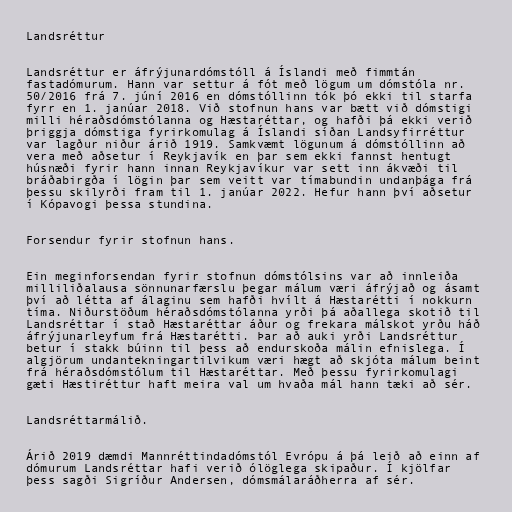
Landsréttur

Landsréttur er áfrýjunardómstóll á Íslandi með fimmtán
fastadómurum. Hann var settur á fót með lögum um dómstóla nr.
50/2016 frá 7. júní 2016 en dómstóllinn tók þó ekki til starfa
fyrr en 1. janúar 2018. Við stofnun hans var bætt við dómstigi
milli héraðsdómstólanna og Hæstaréttar, og hafði þá ekki verið
þriggja dómstiga fyrirkomulag á Íslandi síðan Landsyfirréttur
var lagður niður árið 1919. Samkvæmt lögunum á dómstóllinn að
vera með aðsetur í Reykjavík en þar sem ekki fannst hentugt
húsnæði fyrir hann innan Reykjavíkur var sett inn ákvæði til
bráðabirgða í lögin þar sem veitt var tímabundin undanþága frá
þessu skilyrði fram til 1. janúar 2022. Hefur hann því aðsetur
í Kópavogi þessa stundina.

Forsendur fyrir stofnun hans.

Ein meginforsendan fyrir stofnun dómstólsins var að innleiða
milliliðalausa sönnunarfærslu þegar málum væri áfrýjað og ásamt
því að létta af álaginu sem hafði hvílt á Hæstarétti í nokkurn
tíma. Niðurstöðum héraðsdómstólanna yrði þá aðallega skotið til
Landsréttar í stað Hæstaréttar áður og frekara málskot yrðu háð
áfrýjunarleyfum frá Hæstarétti. Þar að auki yrði Landsréttur
betur í stakk búinn til þess að endurskoða málin efnislega. Í
algjörum undantekningartilvikum væri hægt að skjóta málum beint
frá héraðsdómstólum til Hæstaréttar. Með þessu fyrirkomulagi
gæti Hæstiréttur haft meira val um hvaða mál hann tæki að sér.

Landsréttarmálið.

Árið 2019 dæmdi Mannréttindadómstól Evrópu á þá leið að einn af
dómurum Landsréttar hafi verið ólöglega skipaður. Í kjölfar
þess sagði Sigríður Andersen, dómsmálaráðherra af sér.